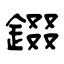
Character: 錣